Tezpur Lunatic Asylum reports 1895-1904 - 1895-1904
Year: 1895
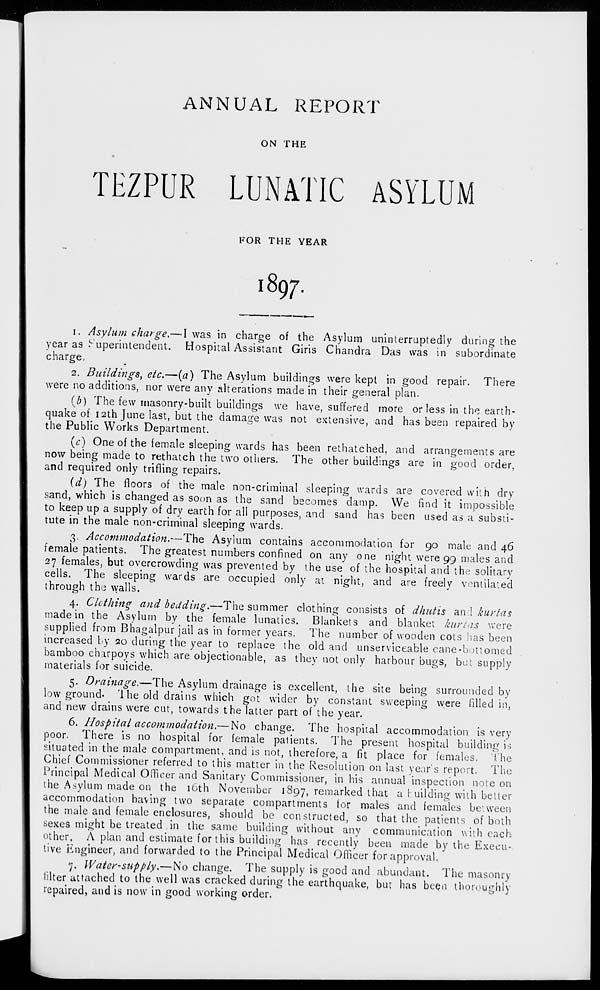
ANNUAL REPORT
ON THE
TEZPUR LUNATIC ASYLUM
FOR THE YEAR
1897.
i. Asylum charge.— I was in charge of the Asylum uninterruptedly during the
year as Superintendent. Hospital Assistant Giris Chandra Das was in subordinate
charge,
2. Buildings, etc.—(a) The Asylum buildings were kept in good repair. There
were no additions, nor were any alterations made in their general plan.
(/;) The few masonry-built buildings we have, suffered more or less in the earth-
quake of 12th June last, but the damage was not extensive, and has been repaired by
the Public Works Department.
(c) One of the female sleeping wards has been rethatched, and arrangements are
now being made to rethatch the two others. The other buildings are in good order,
and required only trifling repairs.
(d) The floors of the male non-criminal sleeping wards are covered with dry
sand, which is changed as soon as the sand becomes damp. We find it impossible
to keep up a supply of dry earth for all purposes, and sand has been used as a substi-
tute in the male non-criminal sleeping wards.
3. Accommodation.—The Asylum contains accommodation for 90 male and 46
female patients. The greatest numbers confined on any one night were 99 males and
27 females, but overcrowding was prevented by the use of the hospital and the solitary
cells. The sleeping wards are occupied only at night, and are freely ventilated
through the walls.
4. Chilling and bedding.—The summer clothing consists of dhutis and kurtas
made in the Asylum by the female lunatics. Blankets and blanket kurtas were
supplied from Bhagalpur jail as in former years. The number of wooden cots has been
increased by 20 during the year to replace the old and unserviceable cane-bottomed
bamboo chirpoys which are objectionable, as they not only harbour bugs, but supply
materials for suicide.
5. Drainage.—The Asylum drainage is excellent, the site being surrounded by
low ground- '1 he old drains which got wider by constant sweeping were filled in,
and new drains were cut, towards the latter part of the year.
6. Hospital accommodation.— No change. The hospital accommodation is very
poor. There is no hospital for female patients. The present hospital building is
situated in the male compartment, and is not, therefore, a fit place for females. The
Chief Commissioner referred to this matter in the Resolution on last year's report. The
Principal Medical Officer and Sanitary Commissioner, in his annual inspection note on
the Asylum made on the 16th November 1897, remarked that a building with better
accommodation having two separate compartments for males and females between
the male and female enclosures, should be constructed, so that the patients of both
sexes might be treated in the same building without any communication with each
other. A plan and estimate for this building has recently been made by the Execu-
tive Engineer, and forwarded to the Principal Medical Officer for approval.
7. Water-supply.—No change. The supply is good and abundant. The masonry
lilter attached to the well was cracked during the earthquake, but has been thoroughly
repaired, and is now in good working order.